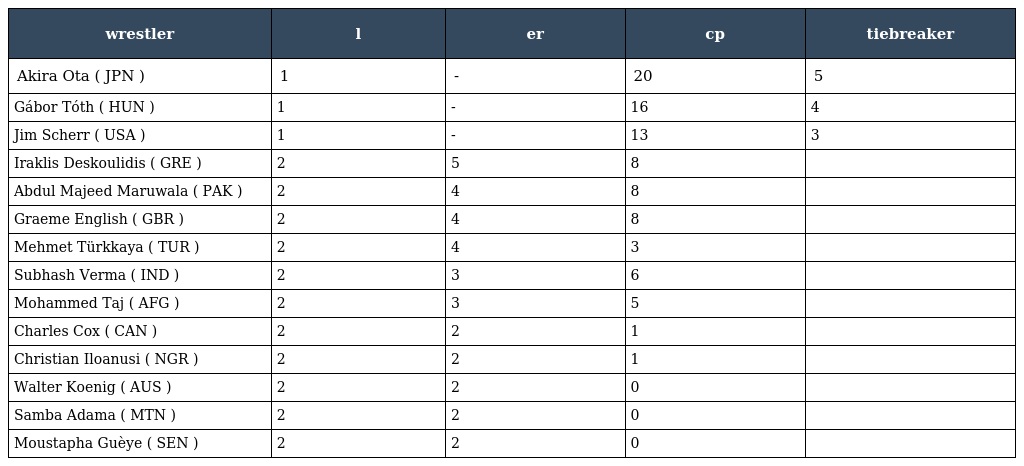
| wrestler | l | er | cp | tiebreaker |
 | --- | --- | --- | --- | --- |
 | Akira Ota ( JPN ) | 1 | - | 20 | 5 |
 | Gábor Tóth ( HUN ) | 1 | - | 16 | 4 |
 | Jim Scherr ( USA ) | 1 | - | 13 | 3 |
 | Iraklis Deskoulidis ( GRE ) | 2 | 5 | 8 |  |
 | Abdul Majeed Maruwala ( PAK ) | 2 | 4 | 8 |  |
 | Graeme English ( GBR ) | 2 | 4 | 8 |  |
 | Mehmet Türkkaya ( TUR ) | 2 | 4 | 3 |  |
 | Subhash Verma ( IND ) | 2 | 3 | 6 |  |
 | Mohammed Taj ( AFG ) | 2 | 3 | 5 |  |
 | Charles Cox ( CAN ) | 2 | 2 | 1 |  |
 | Christian Iloanusi ( NGR ) | 2 | 2 | 1 |  |
 | Walter Koenig ( AUS ) | 2 | 2 | 0 |  |
 | Samba Adama ( MTN ) | 2 | 2 | 0 |  |
 | Moustapha Guèye ( SEN ) | 2 | 2 | 0 |  |